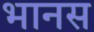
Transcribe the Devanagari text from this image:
भानस